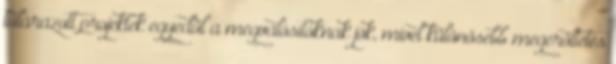
túlárazott projektek egyedül a megvalósítóknak jók, mivel különösebb megerőltetés